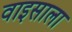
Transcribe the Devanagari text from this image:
वाइसाला